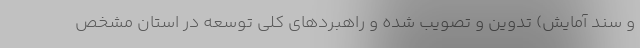
و سند آمایش) تدوین و تصویب شده و راهبردهای کلی توسعه در استان مشخص